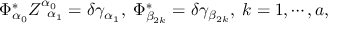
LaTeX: \Phi _ { \alpha _ { 0 } } ^ { * } Z _ { \; \; \alpha _ { 1 } } ^ { \alpha _ { 0 } } = \delta \gamma _ { \alpha _ { 1 } } , \; \Phi _ { \beta _ { 2 k } } ^ { * } = \delta \gamma _ { \beta _ { 2 k } } , \; k = 1 , \cdots , a ,